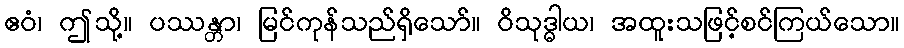
ဧဝံ၊ ဤသို့။ ပဿန္တာ၊ မြင်ကုန်သည်ရှိသော်။ ဝိသုဒ္ဓါယ၊ အထူးသဖြင့်စင်ကြယ်သော။